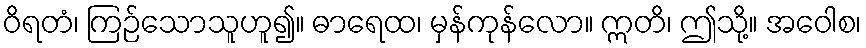
ဝိရတံ၊ ကြဉ်သောသူဟူ၍။ ဓာရေထ၊ မှန်ကုန်လော။ ဣတိ၊ ဤသို့။ အဝေါစ၊